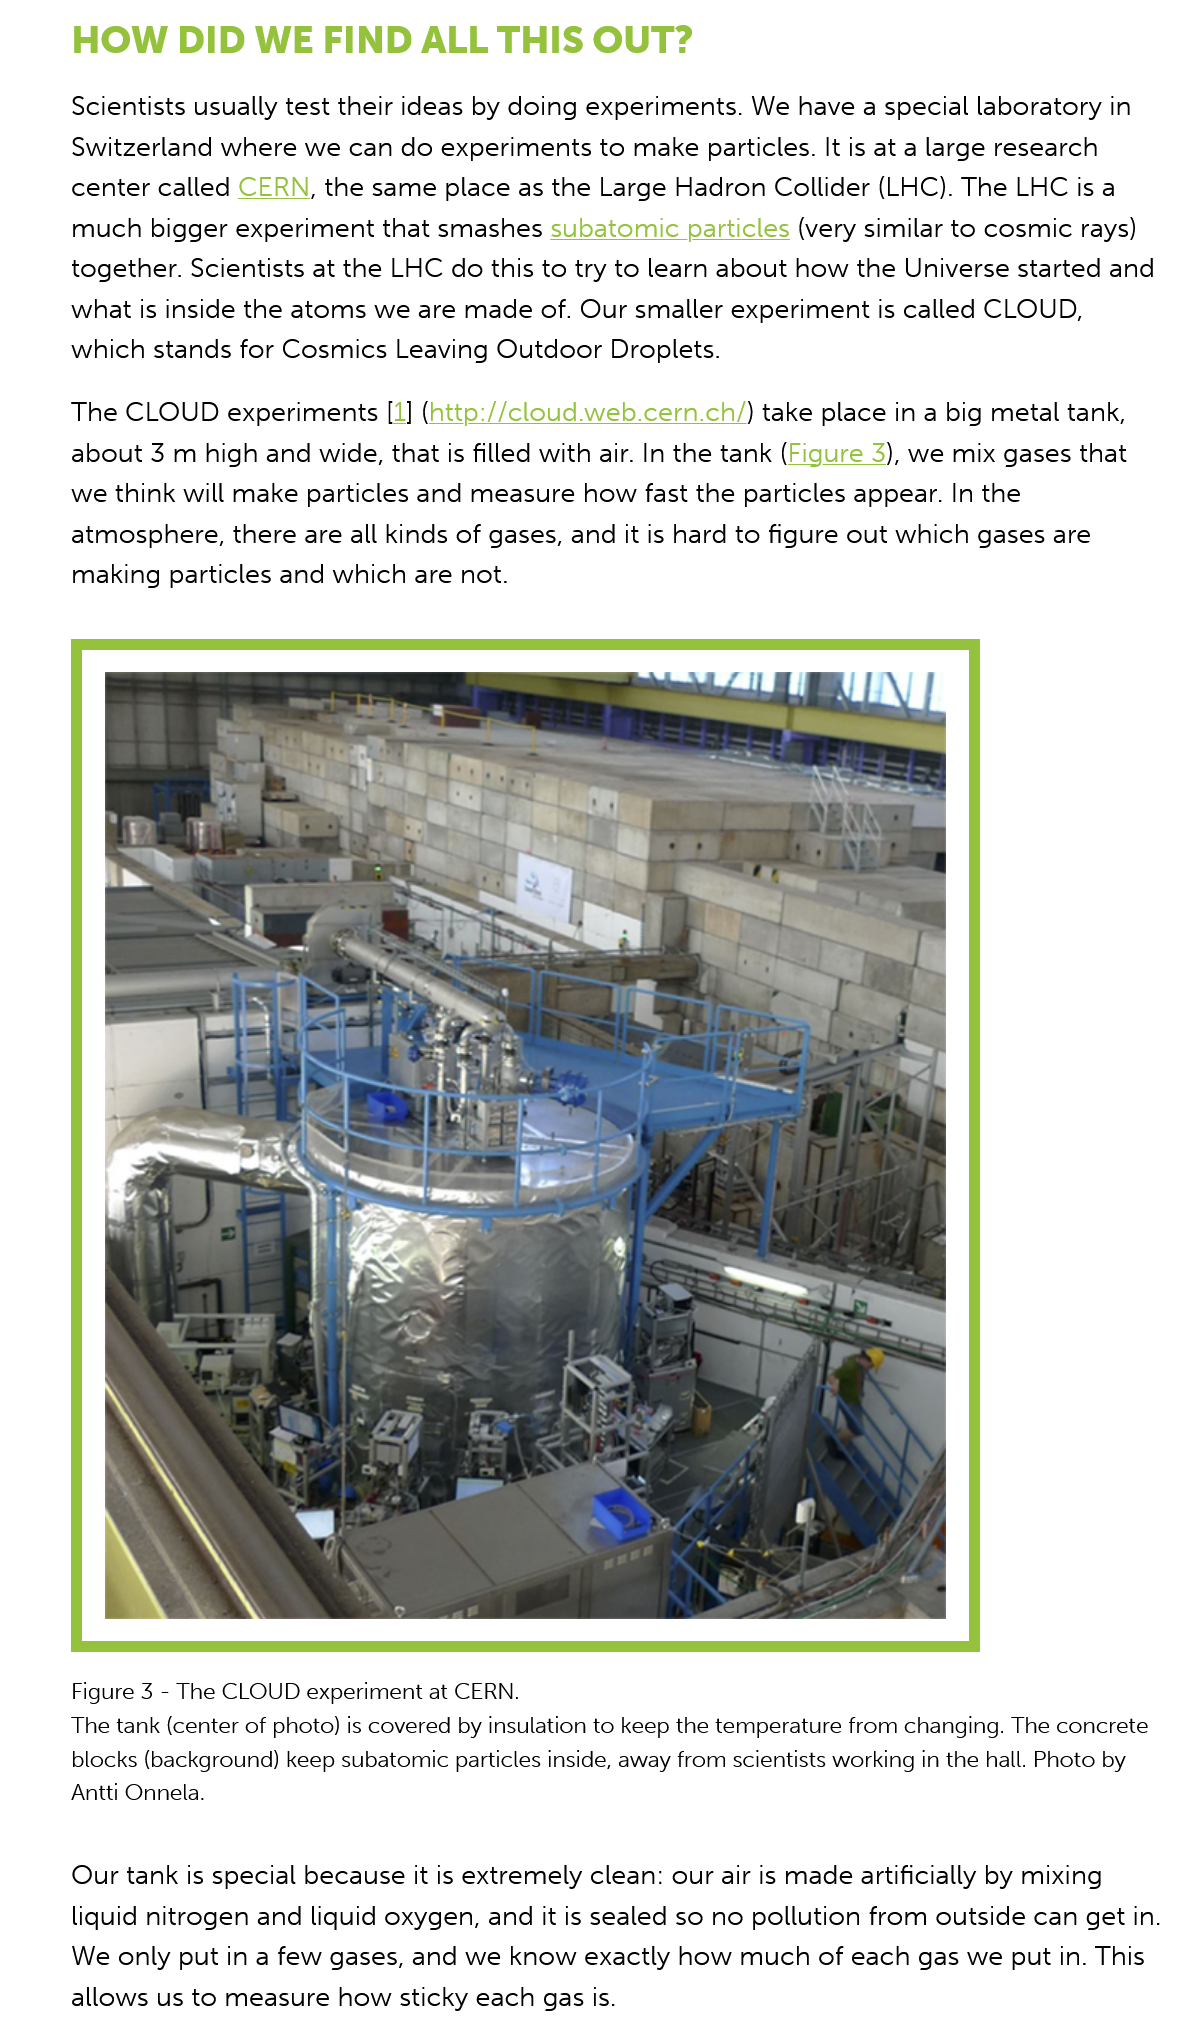
HOW  DID    WE  FIND    ALL    THIS    OUT?
     Scientists usually test their ideas by doing experiments. We  have a special laboratory in
     Switzerland where  we  can  do experiments   to make particles. It is at a large research
     center called CERN,  the same place   as the Large Hadron   Collider (LHC). The LHC is a
     much bigger   experiment  that smashes   subatomic  particles (very similar to cosmic rays)
     together. Scientists at the LHC do this to try to learn about how the  Universe started and
     what is inside the atoms we  are made   of. Our smaller experiment is called CLOUD,
     which stands  for Cosmics  Leaving  Outdoor Droplets.
     The CLOUD    experiments [1]  (hnttp://cloud.web.cern.ch/) take place in a big metal tank,
     about 3 m  high and  wide, that is filled with air. In the tank (Figure 3), we mix gases that
     we think will make  particles and measure  how   fast the particles appear. In the
     atmosphere, there  are all kinds of gases, and it is hard to figure out which gases are
     making  particles and which are  not.
     Figure 3
     -
     The CLOUD   experiment at CERN.
     The tank (center of photo) is covered by insulation to keep the temperature from changing. The c
     blocks (background) keep subatomic particles inside, away from scientists working in the hall. Phe
     Antti Onnela.
     Our tank  is special because it is extremely clean: our air is made artificially by mixing
     liquid nitrogen and liquid oxygen, and it is sealed so no pollution from outside  can get in.
     We only  put in a few gases, and we  know  exactly how   much of  each  gas we  put in. This
     allows us to measure  how sticky  each  gas is.